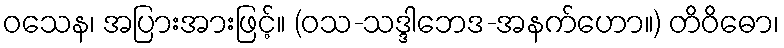
ဝသေန၊ အပြားအားဖြင့်။ (ဝသ-သဒ္ဒါဘေဒ-အနက်ဟော။) တိဝိဓော၊